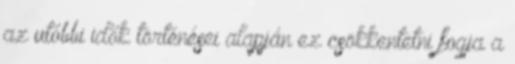
az utóbbi idők történései alapján ez csökkentetni fogja a